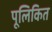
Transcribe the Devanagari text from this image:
पूलिकित